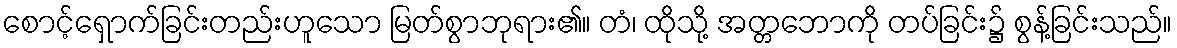
စောင့်ရှောက်ခြင်းတည်းဟူသော မြတ်စွာဘုရား၏။ တံ၊ ထိုသို့ အတ္တဘောကို တပ်ခြင်း၌ စွန့်ခြင်းသည်။